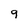
Character: 9